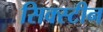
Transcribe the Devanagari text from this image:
सिक्स्टीन